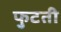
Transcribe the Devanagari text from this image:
फुटती